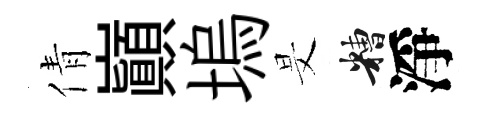
倩巔塢旻糟淨